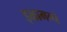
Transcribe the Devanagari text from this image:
इळामग्ने